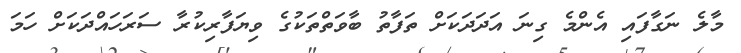
މާލެ ނަގާފައި އެންމެ ގިނަ އަދަދަކަށް ތަފާތު ބާވަތްތަކުގެ ވިޔަފާރިކުރާ ސަރަހައްދަކަށް ހަމަ